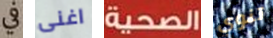
في اغنى الصحية تنوي